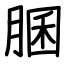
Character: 䐃